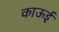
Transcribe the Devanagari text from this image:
काऊई